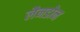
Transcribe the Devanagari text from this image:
लैनडोन